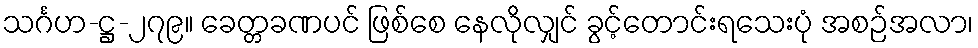
သင်္ဂဟ-ဋ္ဌ-၂၇၉။ ခေတ္တခဏပင် ဖြစ်စေ နေလိုလျှင် ခွင့်တောင်းရသေးပုံ အစဉ်အလာ၊